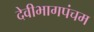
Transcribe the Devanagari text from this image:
देवीभागपंचम